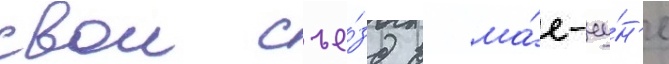
свои съе́зд в ма́е-иу́н'е